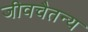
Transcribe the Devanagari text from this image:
जीवचैतन्य